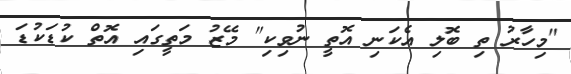
"މިހާރު ތި ބޮލި އެކަނި އޮތީ ނުވިކި" މޭޒު މަތީގައި އޮތް ކުޑަކުޑަ